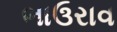
ભાઉરાવ